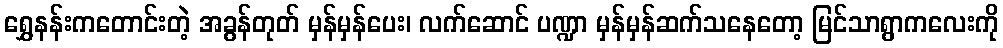
ရွှေနန်းကတောင်းတဲ့ အခွန်တုတ် မှန်မှန်ပေး၊ လက်ဆောင် ပဏ္ဍာ မှန်မှန်ဆက်သနေတော့ မြင်သာရွာကလေးကို